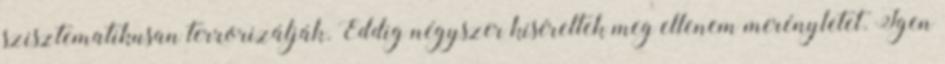
szisztematikusan terrorizálják. Eddig négyszer kíséreltek meg ellenem merényletet. Igen